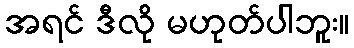
အရင် ဒီလို မဟုတ်ပါဘူး။